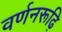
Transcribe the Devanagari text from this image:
वर्णनरूढ़ि